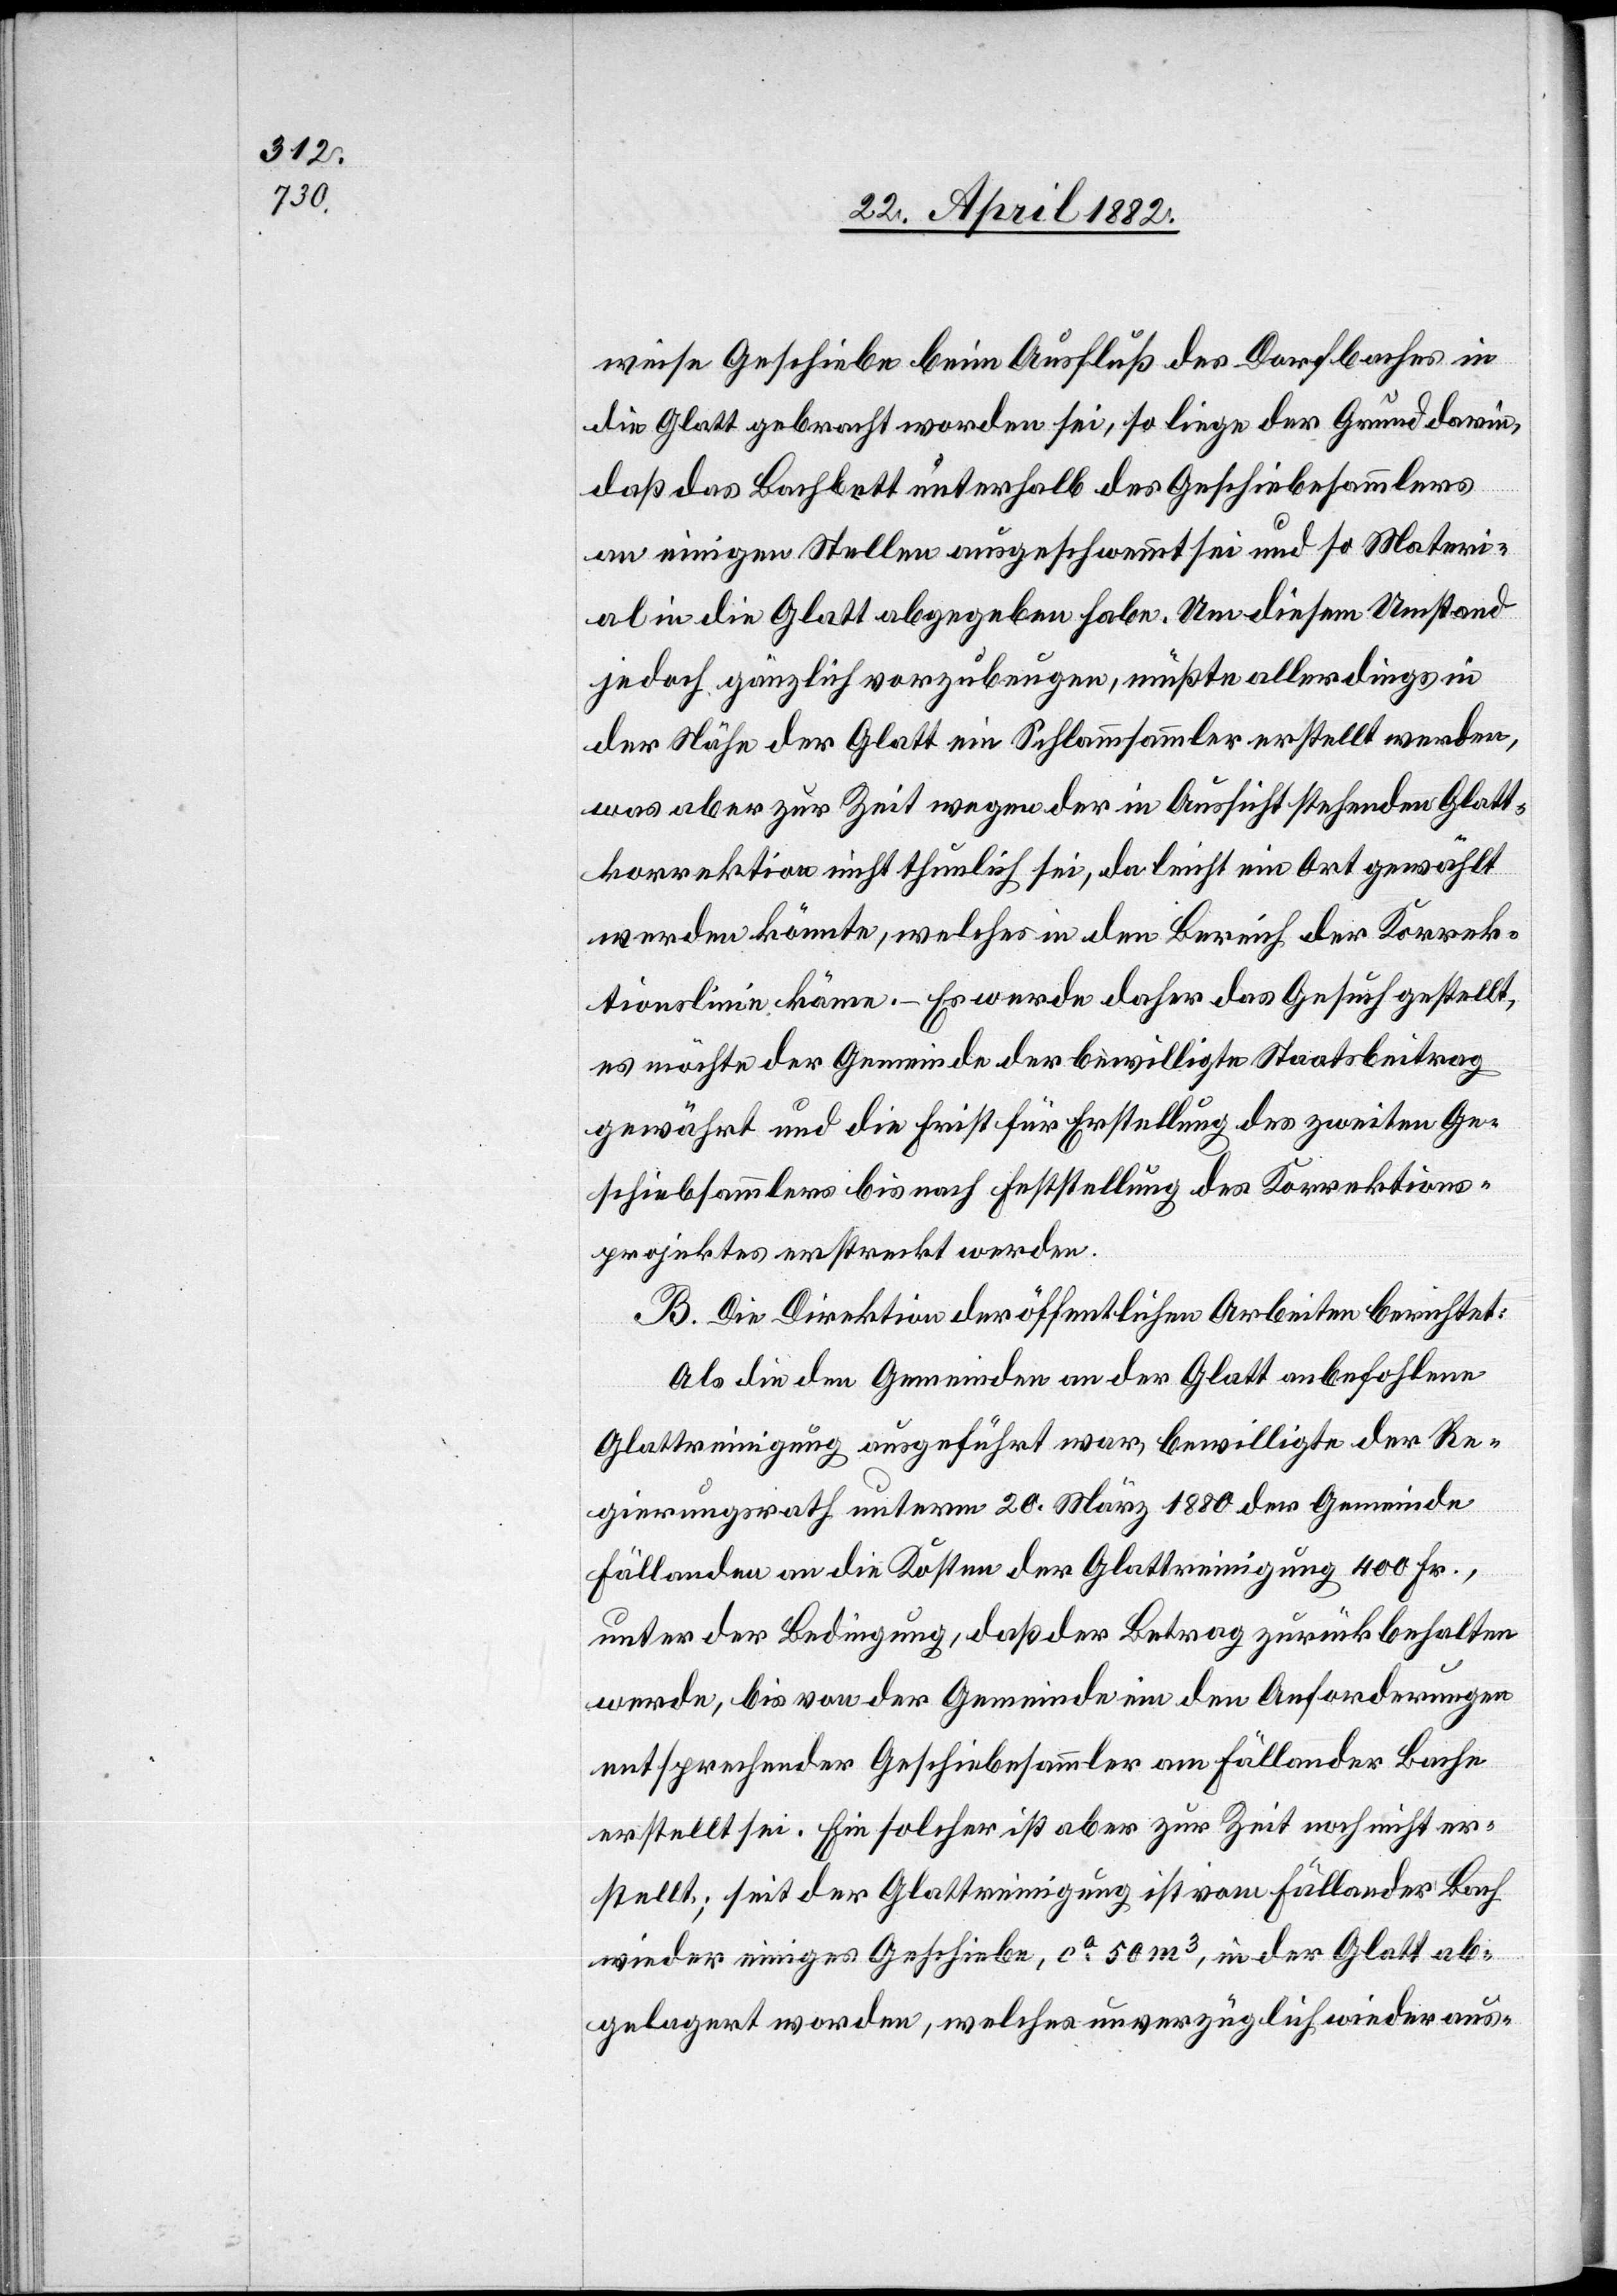
weise Geschiebe beim Ausfluß des Dorfbaches in
die Glatt gebracht worden sei, so liege der Grund darin,
daß das Bachbett unterhalb des Geschiebesammlers
an einigen Stellen ausgeschwemmt sei und so Materi¬
al in die Glatt abgegeben habe. Um diesem Umstand
jedoch gänzlich vorzubeugen, müßte allerdings in
der Nähe der Glatt ein Schlammsammler erstellt werden,
was aber zur Zeit wegen der in Aussicht stehenden Glatt¬
korrektion nicht thunlich sei, da leicht ein Ort gewählt
werden könnte, welches [sic!] in den Bereich der Korrek¬
tionslinie käme. – Es wurde daher das Gesuch gestellt,
es möchte der Gemeinde der bewilligte Staatsbeitrag
gewährt und die Frist für Erstellung des zweiten Ge¬
schiebsammlers bis nach Feststellung des Korrektions¬
projektes erstreckt werden.
B. Die Direktion der öffentlichen Arbeiten berichtet:
Als die den Gemeinden an der Glatt anbefohlene
Glattreinigung ausgeführt war, bewilligte der Re¬
gierungsrath unterm 20. März 1880 der Gemeinde
Fällanden an die Kosten der Glattreinigung 400 Fr.,
unter der Bedingung, daß der Betrag zurückbehalten
werde, bis von der Gemeinde ein den Anforderungen
entsprechender Geschiebesammler am Fällander Bache
erstellt sei. Ein solcher ist aber zur Zeit noch nicht er¬
stellt; seit der Glattreinigung ist vom Fällander Bach
wieder einiges Geschiebe, ca 50 m3, in der Glatt ab¬
gelagert worden, welches unverzüglich wieder aus-